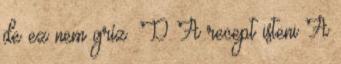
de ez nem gríz :D A recept isteni A